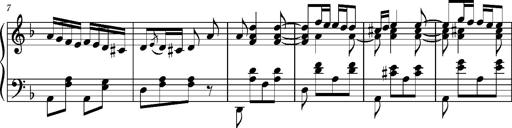
Title: Ungarischer Romanzero
Composer: Franz Liszt